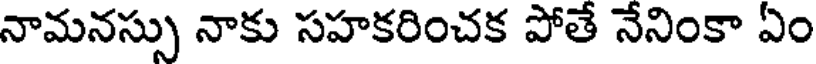
నామనస్సు నాకు సహకరించక పోతే నేనింకా ఏం